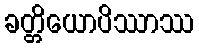
ခတ္တိယောပိဿာဿ